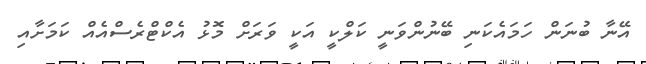
އޭނާ ބުނަން ހަމައެކަނި ބޭނުންވަނީ ކަލްކީ އަކީ ވަރަށް މޮޅު އެކްޓްރެސްއެއް ކަމަށާއި